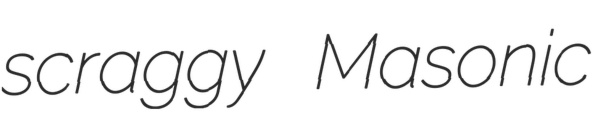
scraggy Masonic